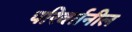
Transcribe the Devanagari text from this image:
परिवर्तनील